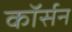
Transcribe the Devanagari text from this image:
कॉर्सन